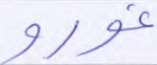
غورو